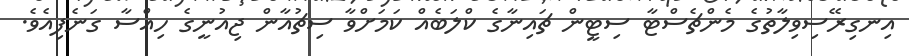
އިނގިރޭސިވިލާތުގެ މެންޗެސްޓާ ސިޓީން ޗައިނާގެ ކްލަބެއް ކަމަށްވާ ސިޗުއާން ޖިއުނީގެ ހިއްސާ ގަނެފިއެވެ.